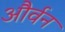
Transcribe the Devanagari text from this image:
और्वन